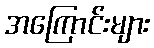
အကြောင်းများ